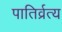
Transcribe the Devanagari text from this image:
पातिर्व्रत्य